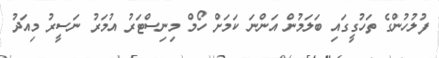
ފުލުހުންގެ ތަހުގީގައި ބަލަމުން އަންނަ ކަމަށް ހޯމް މިނިސްޓަރު އުމަރު ނަސީރު މިއަދު